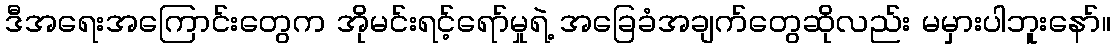
ဒီအရေးအကြောင်းတွေက အိုမင်းရင့်ရော်မှုရဲ့ အခြေခံအချက်တွေဆိုလည်း မမှားပါဘူးနော်။